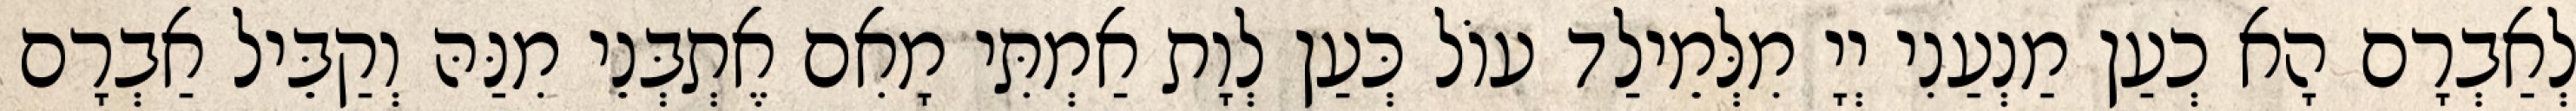
לְאַבְרָם הָא כְעַן מַנְעַנִי יְיָ מִלְּמֵילַד עוֹל כְּעַן לְוָת אַמְתִּי מָאִם אֶתְבְּנֵי מִנַּהּ וְקַבֵּיל אַבְרָם